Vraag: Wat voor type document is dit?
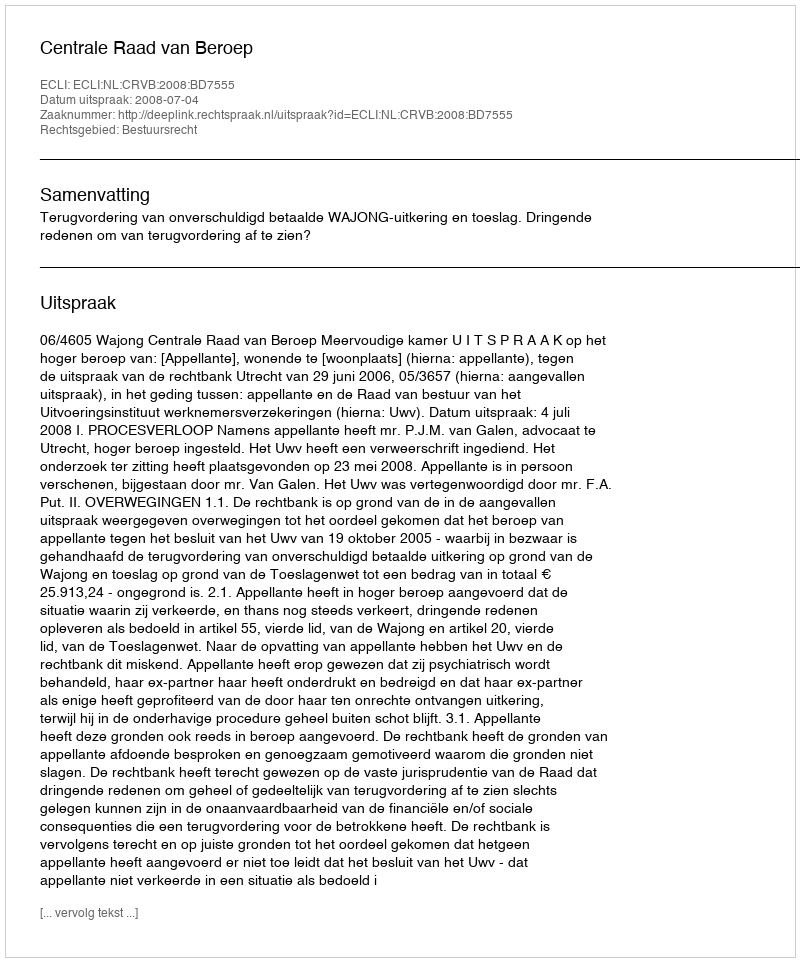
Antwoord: Uitspraak